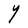
Character: Y